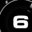
Digit: 6